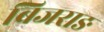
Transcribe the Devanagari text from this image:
बिजराङ